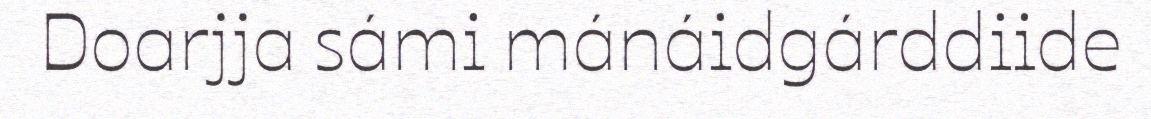
Doarjja sámi mánáidgárddiide